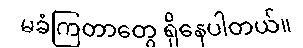
မခံကြတာတွေ ရှိနေပါတယ်။